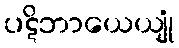
ပဋိဘာယေယျုံ